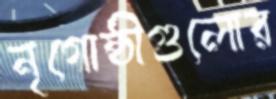
নৃগোষ্ঠীগুলোর